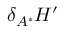
\delta _ { A ^ { * } } H ^ { \prime }